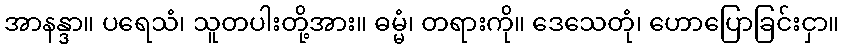
အာနန္ဒာ။ ပရေသံ၊ သူတပါးတို့အား။ ဓမ္မံ၊ တရားကို။ ဒေသေတုံ၊ ဟောပြောခြင်းငှာ။